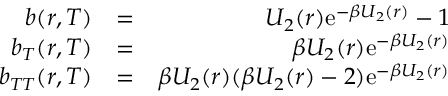
\begin{array} { r l r } { b ( r , T ) } & { = } & { U _ { 2 } ( r ) \mathrm { e } ^ { - \beta U _ { 2 } ( r ) } - 1 } \\ { b _ { T } ( r , T ) } & { = } & { \beta U _ { 2 } ( r ) \mathrm { e } ^ { - \beta U _ { 2 } ( r ) } } \\ { b _ { T T } ( r , T ) } & { = } & { \beta U _ { 2 } ( r ) ( \beta U _ { 2 } ( r ) - 2 ) \mathrm { e } ^ { - \beta U _ { 2 } ( r ) } } \end{array}